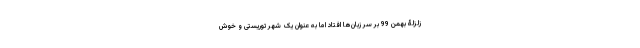
زلزلۀ بهمن 99 بر سر زبان‌ها افتاد اما به عنوان یک شهر توریستی و خوش